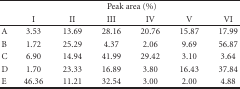
<table><thead><tr><td></td><td colspan="6"><b>Peak area (%)</b></td></tr><tr><td></td><td><b>I</b></td><td><b>II</b></td><td><b>III</b></td><td><b>IV</b></td><td><b>V</b></td><td><b>VI</b></td></tr></thead><tbody><tr><td>A</td><td>3.53</td><td>13.69</td><td>28.16</td><td>20.76</td><td>15.87</td><td>17.99</td></tr><tr><td>B</td><td>1.72</td><td>25.29</td><td>4.37</td><td>2.06</td><td>9.69</td><td>56.87</td></tr><tr><td>C</td><td>6.90</td><td>14.94</td><td>41.99</td><td>29.42</td><td>3.10</td><td>3.64</td></tr><tr><td>D</td><td>1.70</td><td>23.33</td><td>16.89</td><td>3.80</td><td>16.43</td><td>37.84</td></tr><tr><td>E</td><td>46.36</td><td>11.21</td><td>32.54</td><td>3.00</td><td>2.00</td><td>4.88</td></tr></tbody></table>